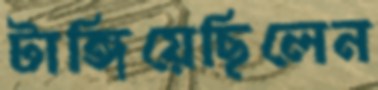
টাঙ্গিয়েছিলেন